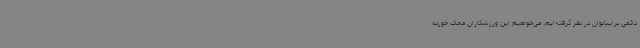
دائمی برایبانوان در نظر گرفته‌ایم. می‌خواهیم این ورزشکاران محک خورده